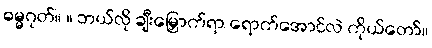
ဓမ္မဂုတ်။ ။ ဘယ်လို ချီးမြှောက်ရာ ရောက်အောင်လဲ ကိုယ်တော်။